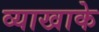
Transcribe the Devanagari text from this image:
व्याखाके